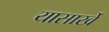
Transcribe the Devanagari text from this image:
यासार्खे